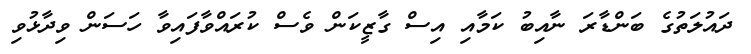
ދައުލަތުގެ ބަންޑާރަ ނާއިބު ކަމާއި އިސް ގާޒީކަން ވެސް ކުރައްވާފައިވާ ހަސަން ވިދާޅުވި